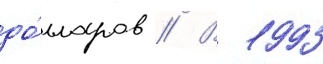
до́лларов // В 1993